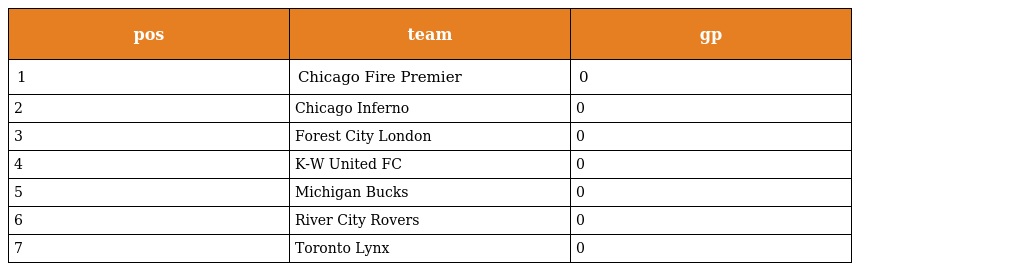
| pos | team | gp |
 | --- | --- | --- |
 | 1 | Chicago Fire Premier | 0 |
 | 2 | Chicago Inferno | 0 |
 | 3 | Forest City London | 0 |
 | 4 | K-W United FC | 0 |
 | 5 | Michigan Bucks | 0 |
 | 6 | River City Rovers | 0 |
 | 7 | Toronto Lynx | 0 |